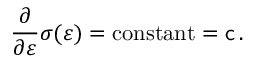
{ \frac { \partial } { \partial { \boldsymbol { \varepsilon } } } } { \boldsymbol { \sigma } } ( { \boldsymbol { \varepsilon } } ) = { \mathrm { c o n s t a n t } } = { \mathsf { c } } \, .